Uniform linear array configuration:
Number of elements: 64
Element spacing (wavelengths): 0.5
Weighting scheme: blackman
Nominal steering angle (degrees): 45
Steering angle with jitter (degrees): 44.327
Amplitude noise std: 0.05
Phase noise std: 0.05

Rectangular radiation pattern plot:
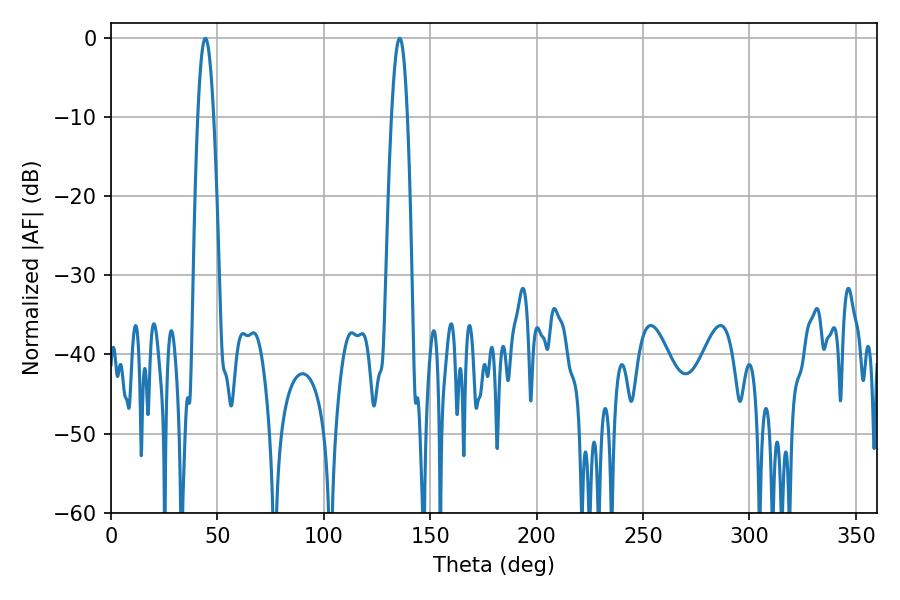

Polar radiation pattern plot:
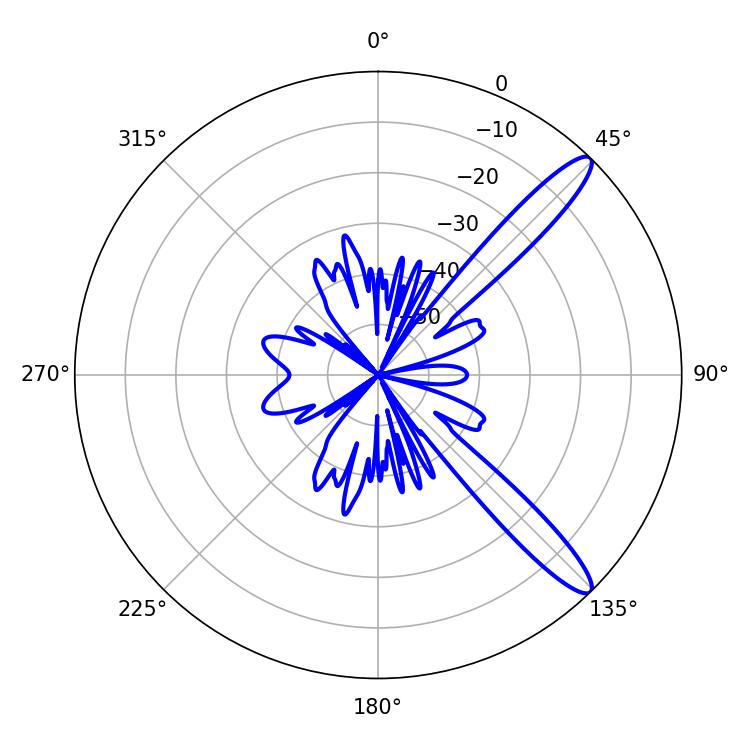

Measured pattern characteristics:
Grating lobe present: FALSE
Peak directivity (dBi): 12.657
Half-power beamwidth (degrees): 4.14
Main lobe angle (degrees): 44.28